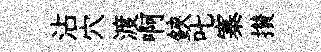
沾穴渡啊鋏叱寨攅